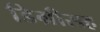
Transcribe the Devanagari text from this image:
डिग्रीसह